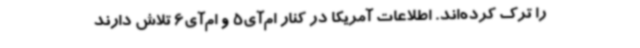
را ترک کرده‌اند. اطلاعات آمریکا در کنار ام‌آی5 و ام‌آی6 تلاش دارند